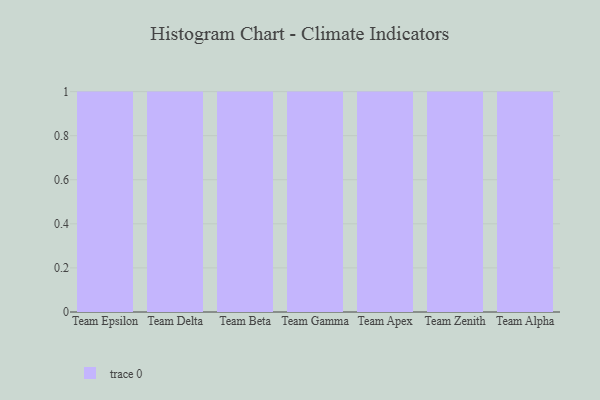
{"axis": {"x": "Team", "y": "Website Visitors"}, "legend": [""], "data": [{"x": "Team Epsilon", "y": 66, "type": ""}, {"x": "Team Delta", "y": 96, "type": ""}, {"x": "Team Beta", "y": 18, "type": ""}, {"x": "Team Gamma", "y": 58, "type": ""}, {"x": "Team Apex", "y": 5, "type": ""}, {"x": "Team Zenith", "y": 67, "type": ""}, {"x": "Team Alpha", "y": 75, "type": ""}]}